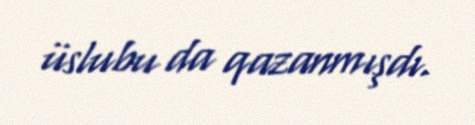
üslubu da qazanmışdı.